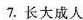
7.长大成人